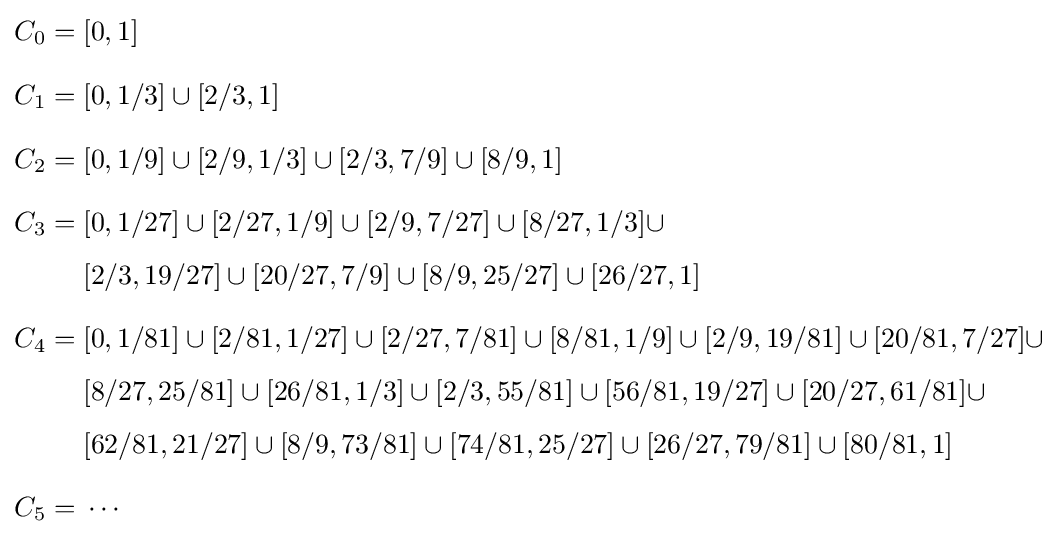
{\begin{aligned}C_{0}={}&[0,1]\\[8pt]C_{1}={}&[0,1/3]\cup [2/3,1]\\[8pt]C_{2}={}&[0,1/9]\cup [2/9,1/3]\cup [2/3,7/9]\cup [8/9,1]\\[8pt]C_{3}={}&[0,1/27]\cup [2/27,1/9]\cup [2/9,7/27]\cup [8/27,1/3]\cup \\[4pt]{}&[2/3,19/27]\cup [20/27,7/9]\cup [8/9,25/27]\cup [26/27,1]\\[8pt]C_{4}={}&[0,1/81]\cup [2/81,1/27]\cup [2/27,7/81]\cup [8/81,1/9]\cup [2/9,19/81]\cup [20/81,7/27]\cup \\[4pt]&[8/27,25/81]\cup [26/81,1/3]\cup [2/3,55/81]\cup [56/81,19/27]\cup [20/27,61/81]\cup \\[4pt]&[62/81,21/27]\cup [8/9,73/81]\cup [74/81,25/27]\cup [26/27,79/81]\cup [80/81,1]\\[8pt]C_{5}={}&\cdots \end{aligned}}